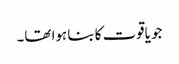
جو یاقوت کا بنا ہوا تھا۔